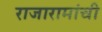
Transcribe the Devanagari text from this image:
राजारामांची